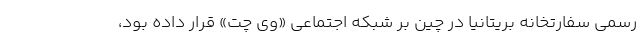
رسمی سفارتخانه بریتانیا در چین بر شبکه اجتماعی «وی چت» قرار داده بود،